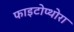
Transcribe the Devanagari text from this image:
फाइटोप्थोरा